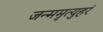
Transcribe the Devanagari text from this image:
जन्ममृत्युहरं